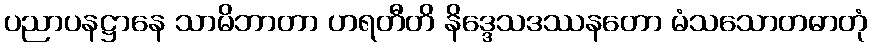
ပညာပနဋ္ဌာနေ သာမိဘာတာ ဟရတီတိ နိဒ္ဒေသဒဿနတော မံသသောတဓာတုံ